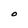
Character: O